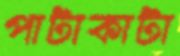
পাটাকাটা